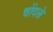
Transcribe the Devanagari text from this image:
चोंदले